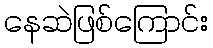
နေဆဲဖြစ်ကြောင်း